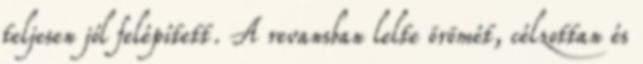
teljesen jól felépített. A revansban lelte örömét, célzottan és